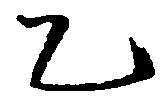
乙